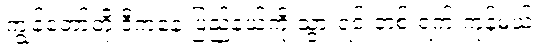
ကျွန်တော်တို့ ဒီကနေ ပြည်နယ်ကို သွားရင် တစ် ရက် ကုန်မယ်။